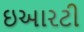
ઇઆરટી